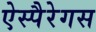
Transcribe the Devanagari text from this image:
ऐस्पैरेगस